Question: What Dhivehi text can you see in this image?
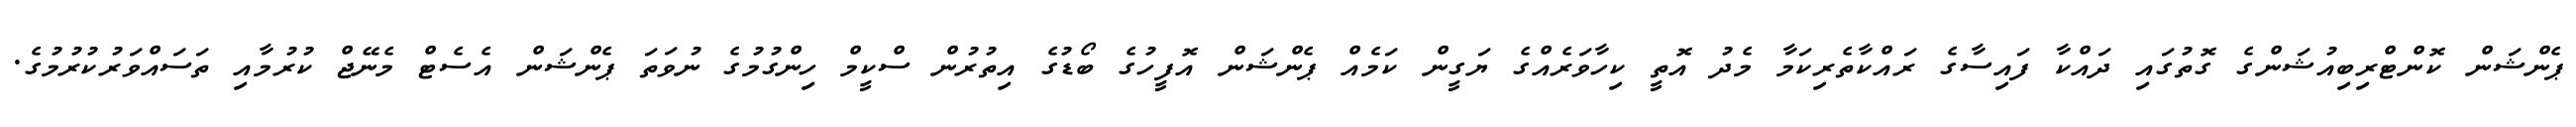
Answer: ޕެންޝަން ކޮންޓްރިބިއުޝަންގެ ގޮތުގައި ދައްކާ ފައިސާގެ ރައްކާތެރިކަމާ މެދު އޮތީ ކިހާވަރެއްގެ ޔަގީން ކަމެއް ޕެންޝަން އޮފީހުގެ ބޯޑުގެ އިތުރުން ސްކީމް ހިންގުމުގެ ނުވަތަ ޕެންޝަން އެސެޓް މެނޭޖް ކުރުމާއި ތަސައްވަރުކުރުމުގެ.